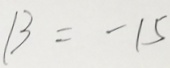
B = - 1 5